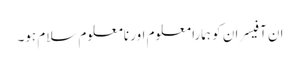
ان آفیسران کو ہمارا معلوم اور نامعلوم سلام ہو۔